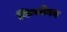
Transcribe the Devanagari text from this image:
फिन्नेगन